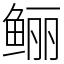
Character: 鲡